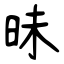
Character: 昧